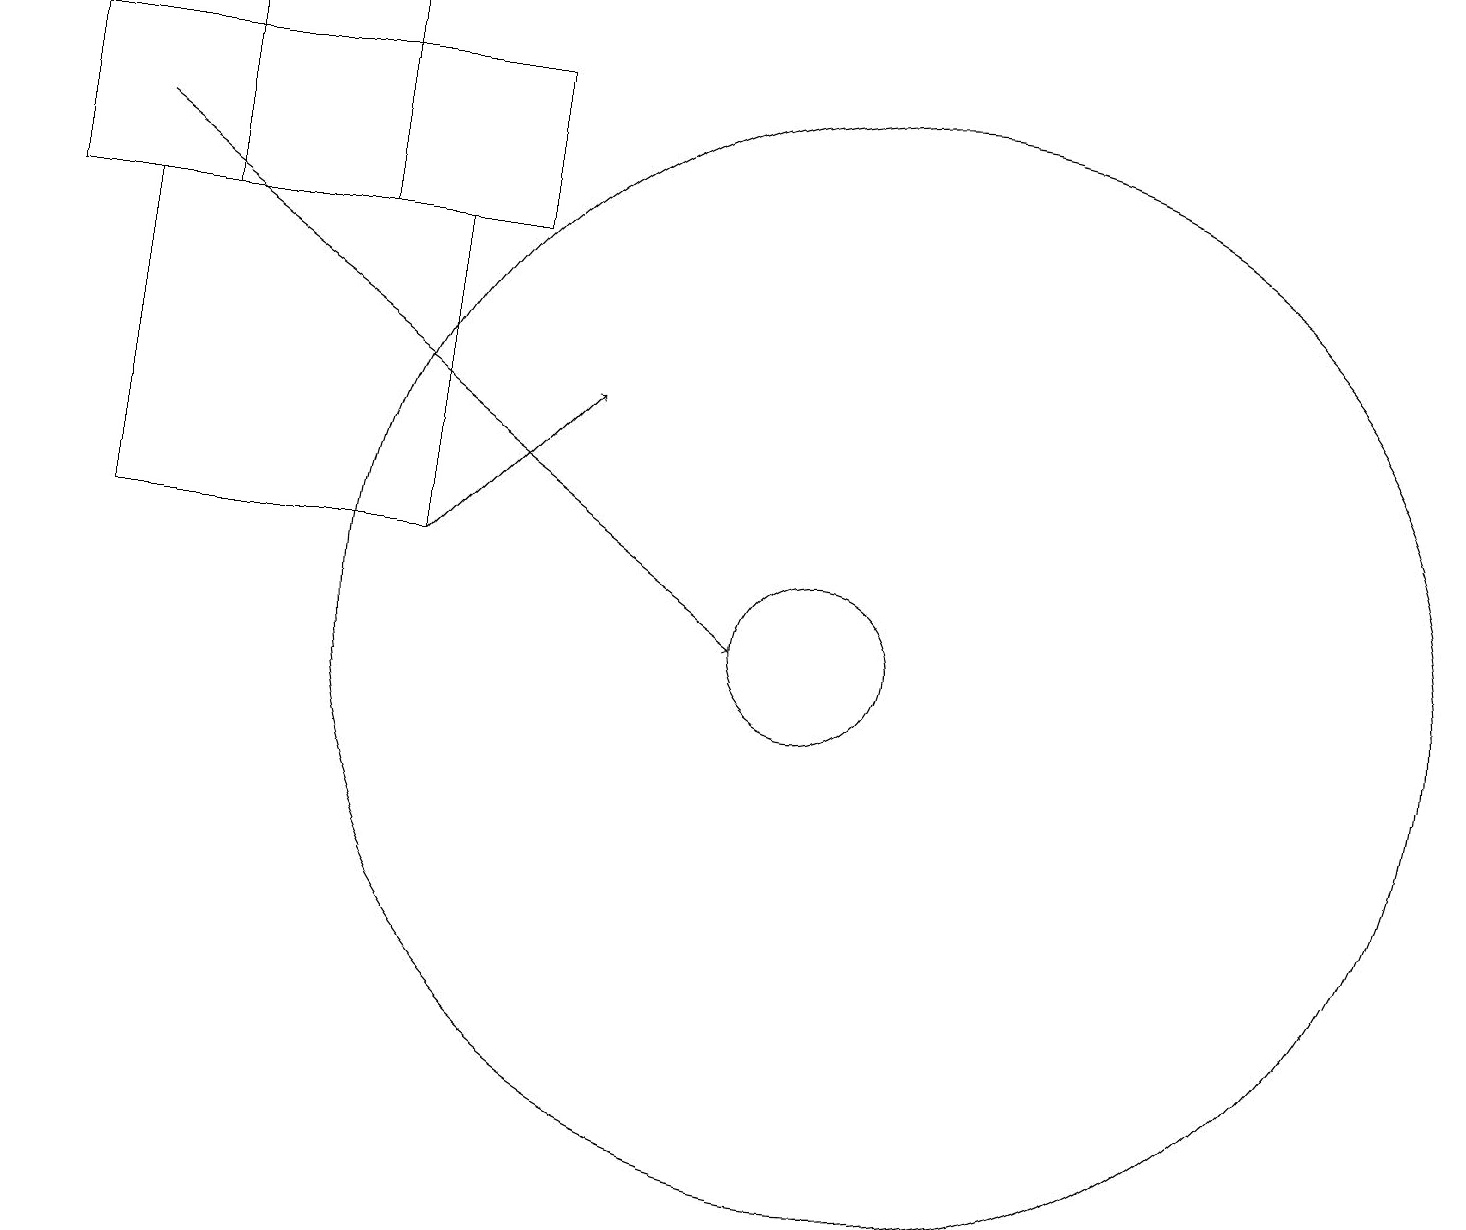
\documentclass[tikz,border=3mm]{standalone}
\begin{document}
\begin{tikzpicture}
\draw[->] (5,12) -- (7,14);
\draw (0,16) rectangle (6,18);
\draw (4,19) rectangle (2,16);
\draw (11,11) circle (7);
\draw (1,12) rectangle (5,16);
\draw (10,11) circle (1);
\draw (11,11) circle (0);
\draw[->] (1,17) -- (9,11);
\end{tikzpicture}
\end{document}